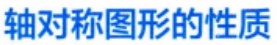
轴对称图形的性质